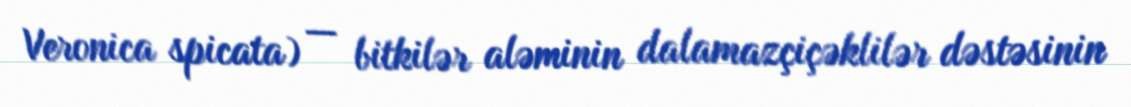
Veronica spicata) — bitkilər aləminin dalamazçiçəklilər dəstəsinin